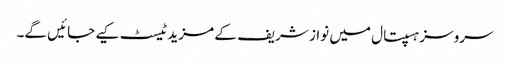
سروسز ہسپتال میں نواز شریف کے مزید ٹیسٹ کیے جائیں گے۔